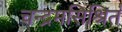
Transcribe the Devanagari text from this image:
चन्द्रमसिश्रितं